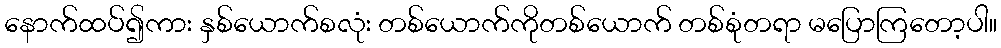
နောက်ထပ်၍ကား နှစ်ယောက်စလုံး တစ်ယောက်ကိုတစ်ယောက် တစ်စုံတရာ မပြောကြတော့ပါ။